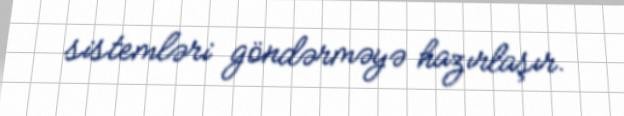
sistemləri göndərməyə hazırlaşır.